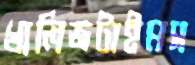
খালিজটাইমস